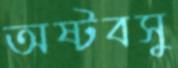
অষ্টবসু